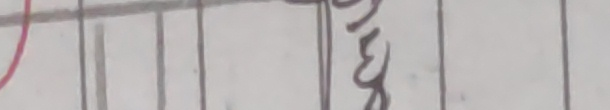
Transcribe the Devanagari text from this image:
मिनेट